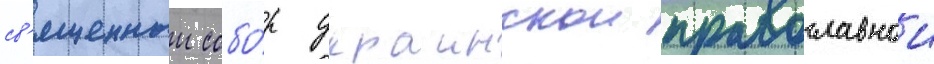
св'ященныи собо́р украинскои православнои